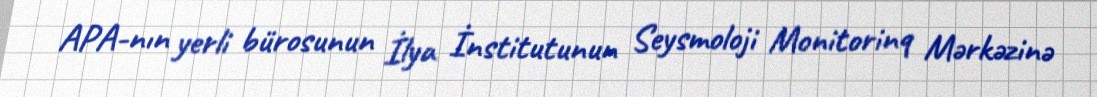
APA-nın yerli bürosunun İlya İnstitutunun Seysmoloji Monitorinq Mərkəzinə